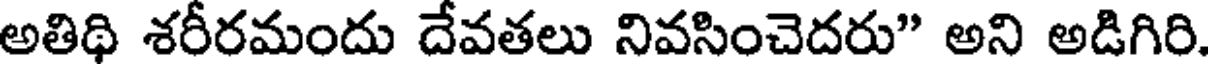
అతిథి శరీరమందు దేవతలు నివసించెదరు" అని అడిగిరి